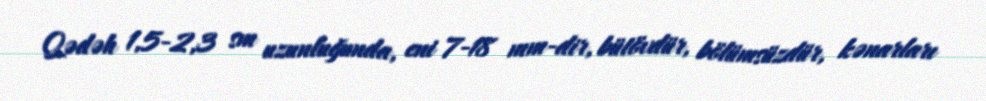
Qədəh 1,5-2,3 sm uzunluğunda, eni 7-18 mm-dir, bütövdür, bölümsüzdür, kənarları